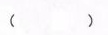
( )